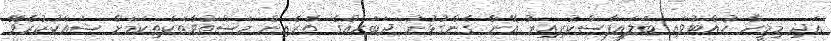
އަދި މިމީހާ ހުއްޓުވައި ބަލައިފާސްކުރިއިރު އޭނާ ގެންގުޅުނު ދަބަހެއްގެ ތެރެއިން މަސްތުވާތަކެތިކަމަށް ޝައްކުކުރެވޭ